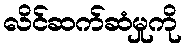
လိင်ဆက်ဆံမှုကို